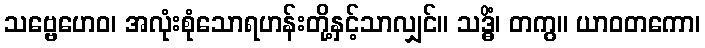
သဗ္ဗေဟေဝ၊ အလုံးစုံသောရဟန်းတို့နှင့်သာလျှင်။ သဒ္ဓိံ၊ တကွ။ ယာဝတကော၊